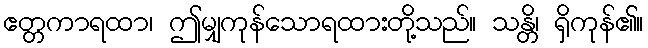
ဧတ္တကာရထာ၊ ဤမျှကုန်သောရထားတို့သည်။ သန္တိ၊ ရှိကုန်၏။